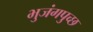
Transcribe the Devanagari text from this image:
भुजंगपुच्छ